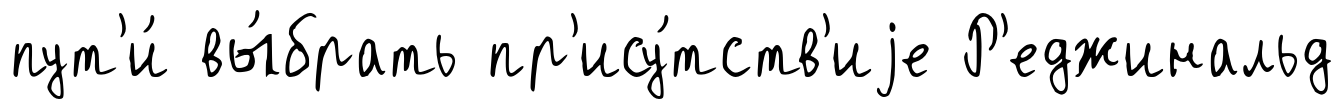
пут'и́ вы́брать пр'ису́тств'иjе Р'еджинальд